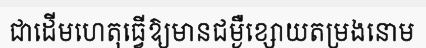
ជាដើមហេតុធ្វើឱ្យមានជម្ងឺខ្សោយតម្រងនោម